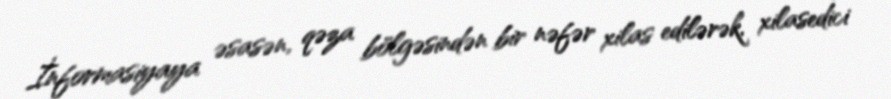
İnformasiyaya əsasən, qəza bölgəsindən bir nəfər xilas edilərək, xilasedici